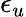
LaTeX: \epsilon_{u}